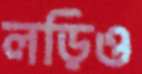
লড়িও